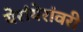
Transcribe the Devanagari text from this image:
येरांयेरांवरी